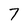
Character: 7